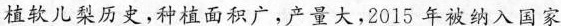
植软儿梨历史，种植面积广，产量大，2015年被纳入国家